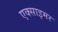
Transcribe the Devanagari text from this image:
एक्‍साइमर